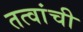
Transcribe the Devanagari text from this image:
तत्वांची